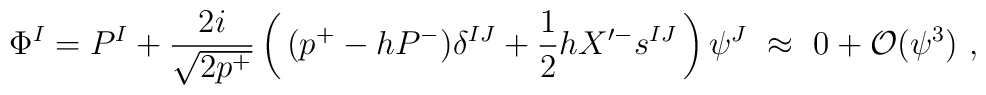
\Phi^I = P^I+\frac{2i}{\sqrt{2 p^+}}        \left( \, (p^+ - hP^- ) \delta^{IJ}                   + \frac{1}{2} h X'^- s^{IJ} \,        \right) \psi^J  ~\approx~ 0 + {\cal O}(\psi^3)~,